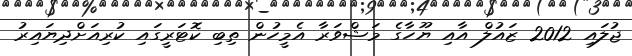
ޖުލައި 2012 ޒައުލް އާއި ޔޫހާގެ މަޝްވަރާ އެމީހުން ތިބި ކޮޓަރީގައި ކުރިއަށްދިޔައިރު